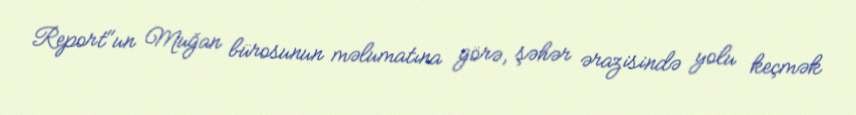
Report"un Muğan bürosunun məlumatına görə, şəhər ərazisində yolu keçmək